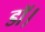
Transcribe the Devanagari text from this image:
डॉ।